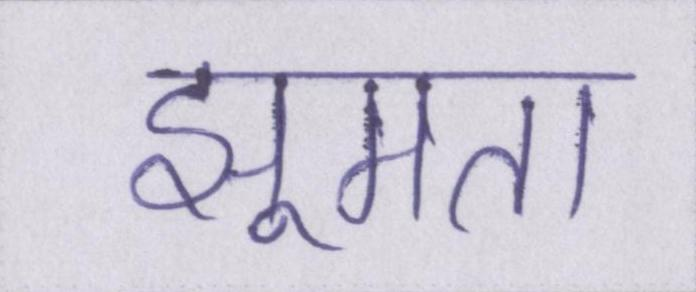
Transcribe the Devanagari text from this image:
झूमता